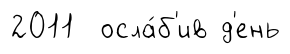
2011 осла́б'ив д'ень